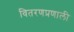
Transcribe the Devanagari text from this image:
वितरणप्रणाली